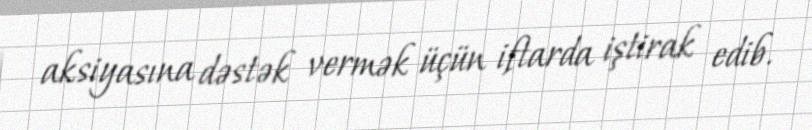
aksiyasına dəstək vermək üçün iftarda iştirak edib.